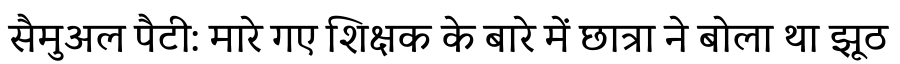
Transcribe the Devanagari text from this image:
सैमुअल पैटी: मारे गए शिक्षक के बारे में छात्रा ने बोला था झूठ